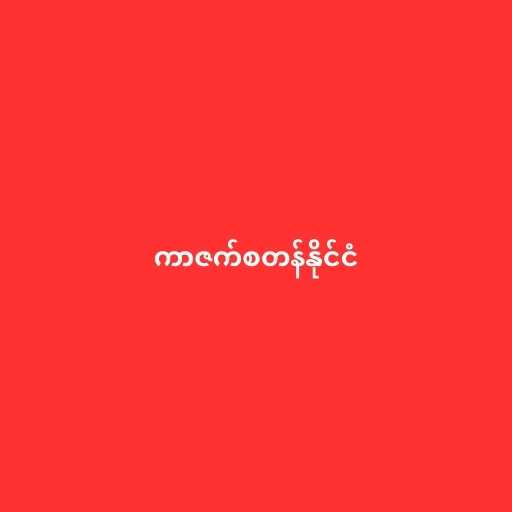
ကာဇက်စတန်နိုင်ငံ